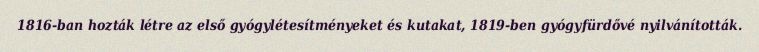
1816-ban hozták létre az első gyógylétesítményeket és kutakat, 1819-ben gyógyfürdővé nyilvánították.